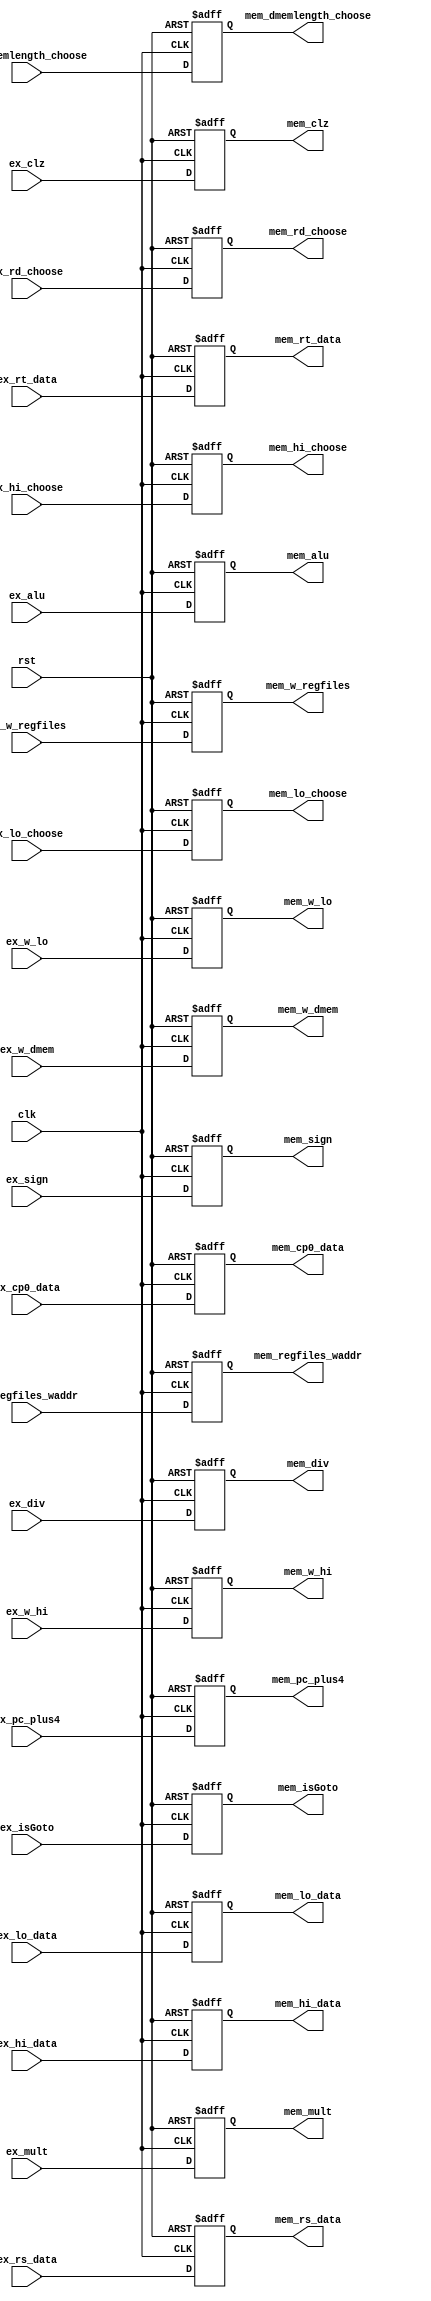
`timescale 1ns / 1ps
//////////////////////////////////////////////////////////////////////////////////
// Company: 
// Engineer: 
// 
// Design Name: 
// Module Name: EX_MEM
// Project Name: 
// Target Devices: 
// Tool Versions: 
// Description: 
// 
// Dependencies: 
// 
// Revision:
// Revision 0.01 - File Created
// Additional Comments:
// 
//////////////////////////////////////////////////////////////////////////////////

/***************************************
EX/MEM
***************************************/

module EX_MEM(
    input clk,
    input rst,
    /*********EX**********/
    //
    input [63:0] ex_mult,
    input [63:0] ex_div,
    input [31:0] ex_clz,
    input [31:0] ex_alu,

    input [31:0] ex_pc_plus4,//imempc
    //regfiles
    input [31:0] ex_rs_data,
    input [31:0] ex_rt_data,
    //
    input [31:0] ex_cp0_data,
    input [31:0] ex_hi_data,
    input [31:0] ex_lo_data,

    input [4:0] ex_regfiles_waddr,//
    //
    input ex_w_regfiles,
    input ex_w_hi,
    input ex_w_lo,
    input ex_w_dmem,
    input ex_isGoto,
    //
    input ex_sign,
    
    //
    input [1:0] ex_dmemlength_choose,
    input [1:0] ex_hi_choose,
    input [1:0] ex_lo_choose,
    input [2:0] ex_rd_choose,//

    /*********MEM**********/
    //
    output reg [63:0] mem_mult,
    output reg [63:0] mem_div,
    output reg [31:0] mem_clz,
    output reg [31:0] mem_alu,

    output reg [31:0] mem_pc_plus4,//imempc
    //regfiles
    output reg [31:0] mem_rs_data,
    output reg [31:0] mem_rt_data,
    //
    output reg [31:0] mem_cp0_data,
    output reg [31:0] mem_hi_data,
    output reg [31:0] mem_lo_data,

    output reg [4:0] mem_regfiles_waddr,//
    //
    output reg mem_w_regfiles,
    output reg mem_w_hi,
    output reg mem_w_lo,
    output reg mem_w_dmem,
    output reg mem_isGoto,
    //
    output reg mem_sign,
    
    //
    output reg [1:0] mem_dmemlength_choose,
    output reg [1:0] mem_hi_choose,
    output reg [1:0] mem_lo_choose,
    output reg [2:0] mem_rd_choose//
    );

    always @ (posedge clk or posedge rst)begin
        if(rst)begin
            mem_mult <= 64'b0;
            mem_div <= 64'b0;
            mem_clz <= 32'b0;
            mem_alu <= 32'b0;

            mem_pc_plus4 <= 32'b0;
    
            mem_rs_data <= 32'b0;
            mem_rt_data <= 32'b0;
    
            mem_cp0_data <= 32'b0;
            mem_hi_data <= 32'b0;
            mem_lo_data <= 32'b0;

            mem_regfiles_waddr <= 5'b0;
   
            mem_w_regfiles <= 1'b0;
            mem_w_hi <= 1'b0;
            mem_w_lo <= 1'b0;
            mem_w_dmem <= 1'b0;
            mem_isGoto <= 1'b0;
    
            mem_sign <= 1'b0;
    
            mem_dmemlength_choose <= 2'b0; 
            mem_hi_choose <= 2'b0;
            mem_lo_choose <= 2'b0;
            mem_rd_choose <= 3'b0;
        end

        else begin
            mem_mult <= ex_mult;
            mem_div <= ex_div;
            mem_clz <= ex_clz;
            mem_alu <= ex_alu;

            mem_pc_plus4 <= ex_pc_plus4;
    
            mem_rs_data <= ex_rs_data;
            mem_rt_data <= ex_rt_data;
    
            mem_cp0_data <= ex_cp0_data;
            mem_hi_data <= ex_hi_data;
            mem_lo_data <= ex_lo_data;

            mem_regfiles_waddr <= ex_regfiles_waddr;
   
            mem_w_regfiles <= ex_w_regfiles;
            mem_w_hi <= ex_w_hi;
            mem_w_lo <= ex_w_lo;
            mem_w_dmem <= ex_w_dmem;
            mem_isGoto <= ex_isGoto;
    
            mem_sign <= ex_sign;
    
            mem_dmemlength_choose <= ex_dmemlength_choose; 
            mem_hi_choose <= ex_hi_choose;
            mem_lo_choose <= ex_lo_choose;
            mem_rd_choose <= ex_rd_choose;
        end
    end
endmodule